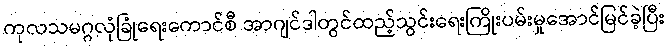
ကုလသမဂ္ဂလုံခြုံရေးကောင်စီ အာဂျင်ဒါတွင်ထည့်သွင်းရေးကြိုးပမ်းမှုအောင်မြင်ခဲ့ပြီး